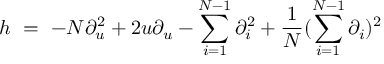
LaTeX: h \ = \ - N \partial _ { u } ^ { 2 } + 2 u \partial _ { u } - \sum _ { i = 1 } ^ { N - 1 } \partial _ { i } ^ { 2 } + \frac { 1 } { N } ( \sum _ { i = 1 } ^ { N - 1 } \partial _ { i } ) ^ { 2 }